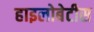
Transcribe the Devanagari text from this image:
हाइलोबेटीस